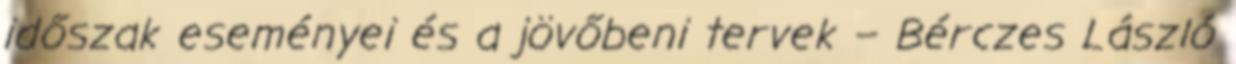
időszak eseményei és a jövőbeni tervek – Bérczes László